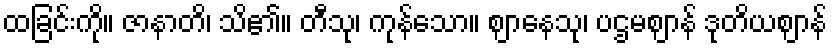
ထခြင်းကို။ ဇာနာတိ၊ သိ၏။ တီသု၊ ကုန်သော။ ဈာနေသု၊ ပဌမဈာန် ဒုတိယဈာန်